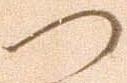
つ